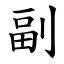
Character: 副